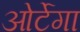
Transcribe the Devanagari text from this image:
ओर्टेगा